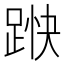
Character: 𮛞